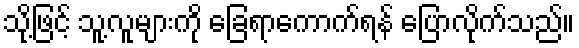
သို့ဖြင့် သူ့လူများကို ခြေရာကောက်ရန် ပြောလိုက်သည်။